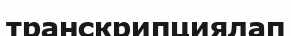
транскрипциялап